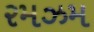
રમઝમ